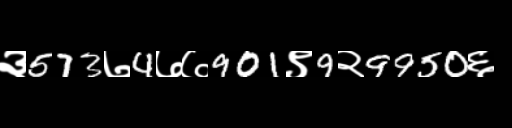
Text: ३573७4७७901९9२9950६